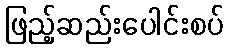
ဖြည့်ဆည်းပေါင်းစပ်